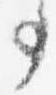
事